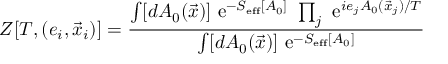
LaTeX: Z [ T , ( e _ { i } , \vec { x } _ { i } ) ] = \frac { \int [ d A _ { 0 } ( \vec { x } ) ] \mathrm { ~ e } ^ { - S _ { \mathrm { e f f } } [ A _ { 0 } ] } ~ \prod _ { j } \mathrm { ~ e } ^ { i e _ { j } A _ { 0 } ( \vec { x } _ { j } ) / T } } { \int [ d A _ { 0 } ( \vec { x } ) ] \mathrm { ~ e } ^ { - S _ { \mathrm { e f f } } [ A _ { 0 } ] } }